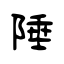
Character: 陲